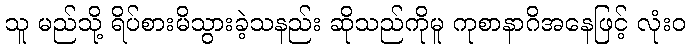
သူ မည်သို့ ရိပ်စားမိသွားခဲ့သနည်း ဆိုသည်ကိုမူ ကုစာနာဂိအနေဖြင့် လုံးဝ